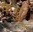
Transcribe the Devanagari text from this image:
केसू